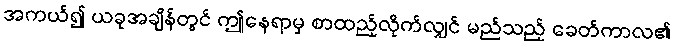
အကယ်၍ ယခုအချိန်တွင် ဤနေရာမှ စာထည့်လိုက်လျှင် မည်သည့် ခေတ်ကာလ၏